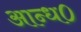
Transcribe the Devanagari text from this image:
आन्ध०